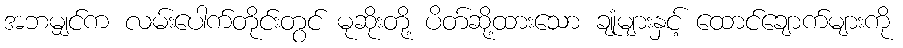
အဘမျှင်က လမ်းပေါက်တိုင်းတွင် မုဆိုးတို့ ပိတ်ဆို့ထားသော ချုံများနှင့် ထောင်ချောက်များကို